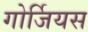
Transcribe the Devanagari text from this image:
गोर्जियस